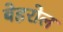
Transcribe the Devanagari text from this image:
बेहरोल